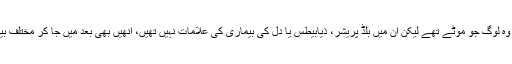
اس سے معلوم ہوا کہ وہ لوگ جو موٹے تھے لیکن ان میں بلڈ پریشر، ذیابیطس یا دل کی بیماری کی علامات نہیں تھیں، انھیں بھی بعد میں جا کر مختلف بیماریاں لاحق ہو گئیں۔